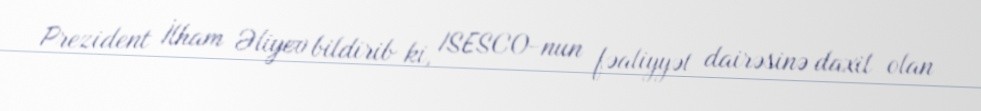
Prezident İlham Əliyev bildirib ki, ISESCO-nun fəaliyyət dairəsinə daxil olan